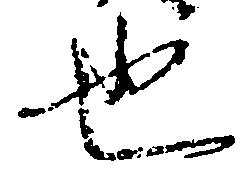
也